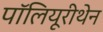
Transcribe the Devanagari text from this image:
पॉलियूरीथेन